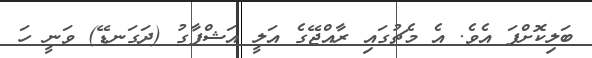
ބަލިކޮށްފަ އެވެ. އެ މެޗުގައި ރާއްޖޭގެ އަލީ އަޝްފާގު (ދަގަނޑޭ) ވަނީ ހަ